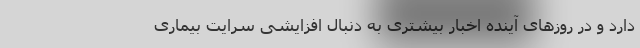
دارد و در روزهای آینده اخبار بیشتری به دنبال افزایشی سرایت بیماری